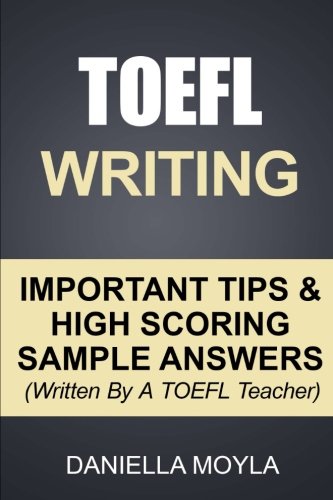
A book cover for TOEFL Writing: Important Tips & High Scoring Sample Answers! (Written By A TOEFL Teacher); Daniella Moyla; Test Preparation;